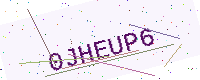
Text: 0JHEUP6